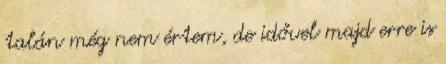
talán még nem értem, de idővel majd erre is